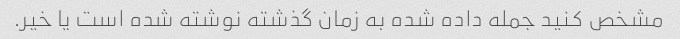
مشخص کنید جمله داده شده به زمان گذشته نوشته شده است یا خیر.